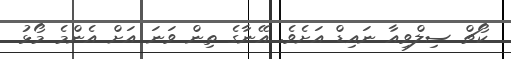
ކޯޗް ސިލްވިއާ ނައިޑް އަށެވެ. އޭނާގެ ތިން ވަނަ އަށް އެންމެ މޯޅު